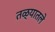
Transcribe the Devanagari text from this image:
तळ्यातले